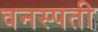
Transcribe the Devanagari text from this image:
वनस्‍पती